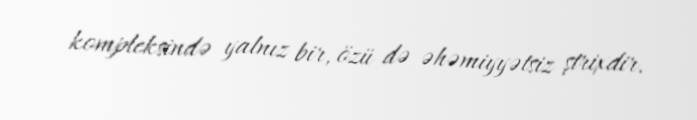
kompleksində yalnız bir, özü də əhəmiyyətsiz ştrixdir.